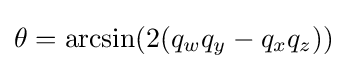
\theta ={\mbox{arcsin}}(2(q_{w}q_{y}-q_{x}q_{z}))